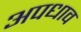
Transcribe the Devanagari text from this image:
अपधाव